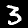
Label: 3